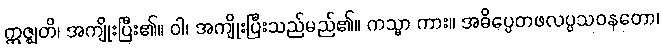
ဣဇ္ဈတိ၊ အကျိုးပြီး၏။ ဝါ၊ အကျိုးပြီးသည်မည်၏။ ကသ္မာ ကား။ အဓိပ္ပေတဖလပ္ပသဝနတော၊